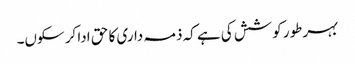
بہر طور کوشش کی ہے کہ ذمہ داری کا حق ادا کر سکوں۔